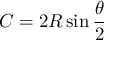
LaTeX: C = 2 R \sin { \frac { \theta } { 2 } }